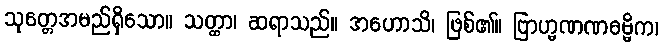
သုတ္တေအမည်ရှိသော။ သတ္ထာ၊ ဆရာသည်။ အဟောသိ၊ ဖြစ်၏။ ဗြာဟ္မဏဏဓမ္မိက၊